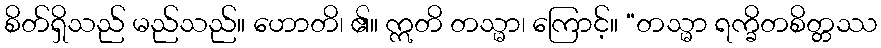
စိတ်ရှိသည် မည်သည်။ ဟောတိ၊ ၏။ ဣတိ တသ္မာ၊ ကြောင့်။ “တသ္မာ ရက္ခိတစိတ္တဿ